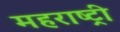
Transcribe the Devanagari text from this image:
महराष्ट्री